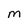
Character: M